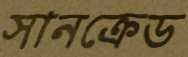
সানক্রেড